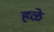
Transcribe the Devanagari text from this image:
हळे